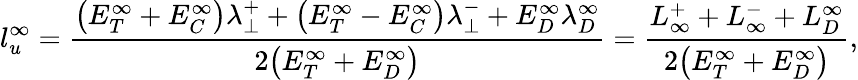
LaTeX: l_{u}^{\infty}=\frac{\big(E_{T}^{\infty}+E_{C}^{\infty}\big)\lambda_{\perp}^{+}+\big(E_{T}^{\infty}-E_{C}^{\infty}\big)\lambda_{\perp}^{-}+E_{D}^{\infty}\lambda_{D}^{\infty}}{2\big(E_{T}^{\infty}+E_{D}^{\infty}\big)}=\frac{L_{\infty}^{+}+L_{\infty}^{-}+L_{D}^{\infty}}{2\big(E_{T}^{\infty}+E_{D}^{\infty}\big)},